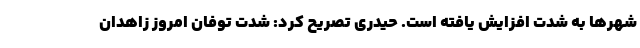
شهرها به شدت افزایش یافته است. حیدری تصریح کرد: شدت توفان امروز زاهدان